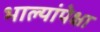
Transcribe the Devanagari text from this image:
भाल्यांपेक्षा